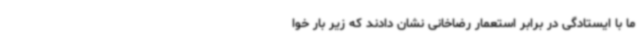
ما با ایستادگی در برابر استعمار رضاخانی نشان دادند که زیر بار خوا